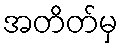
အတိတ်မှ